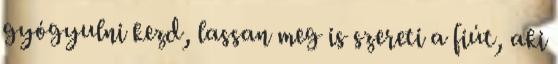
gyógyulni kezd, lassan meg is szereti a fiút, aki